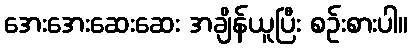
အေးအေးဆေးဆေး အချိန်ယူပြီး စဉ်းစားပါ။